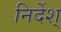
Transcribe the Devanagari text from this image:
निर्देश्